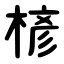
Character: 楌